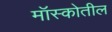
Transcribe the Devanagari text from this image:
मॉस्कोतील